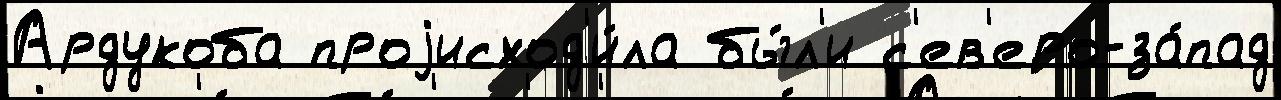
Ардукоба проjисход'и́ла бы́л'и с'ев'еро-за́пад